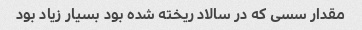
مقدار سسی که در سالاد ریخته شده بود بسیار زیاد بود